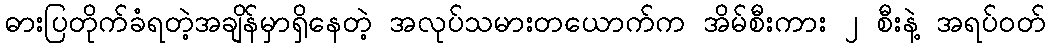
ဓားပြတိုက်ခံရတဲ့အချိန်မှာရှိနေတဲ့ အလုပ်သမားတယောက်က အိမ်စီးကား ၂ စီးနဲ့ အရပ်ဝတ်